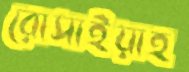
রোসাইয়াহ